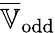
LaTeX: \overline{{\mathbb{V}}}_{\mathrm{odd}}